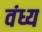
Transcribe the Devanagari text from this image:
वंध्य